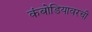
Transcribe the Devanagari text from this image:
कंबोडियावरची